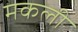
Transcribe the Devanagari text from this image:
मकली